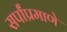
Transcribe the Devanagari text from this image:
सर्पांप्रमाणे